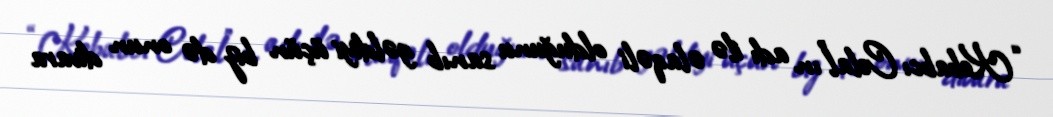
“Kebabcı Celal”ın adı ilə əlaqəli olduğunu sanıb gəldiyi üçün biz də onun divara